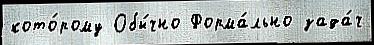
кото́рому Обы́чно Форма́льно зада́ч